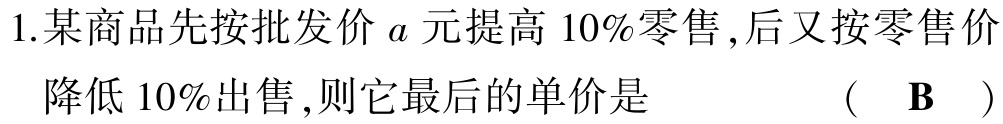
1.某商品先按批发价\(a\)元提高\(10\%\)零售,后又按零售价降低\(10\%\)出售,则它最后的单价是 （ \(\mathbf{B}\) ）